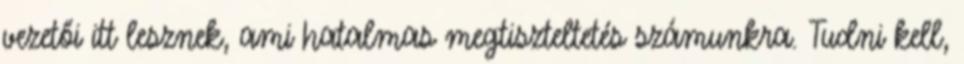
vezetői itt lesznek, ami hatalmas megtiszteltetés számunkra. Tudni kell,